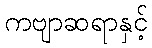
ကဗျာဆရာနှင့်